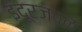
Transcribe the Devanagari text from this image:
इंदूरजवळ